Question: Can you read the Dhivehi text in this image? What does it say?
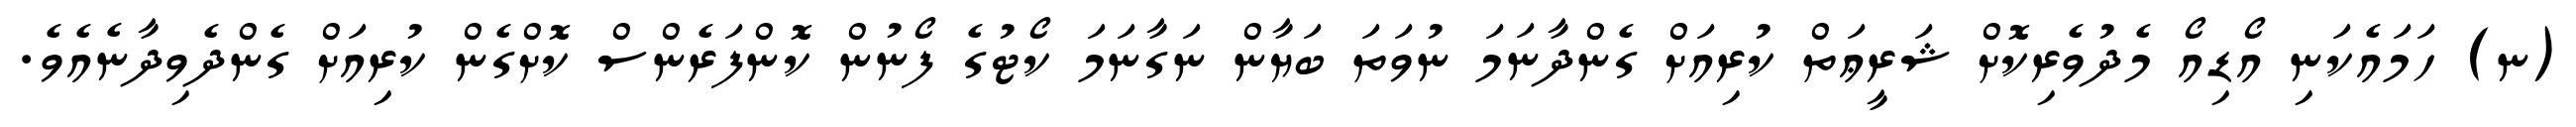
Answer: (ނ) ހަމައެކަނި އޯޑިއޯ މެދުވެރިކޮށް ޝަރީޢަތް ކުރިއަށް ގެންދާނަމަ ނުވަތަ ބަޔާން ނަގާނަމަ ކޯޓުގެ ފޯނުން ކޮންފަރެންސް ކޮށްގެން ކުރިއަށް ގެންދެވިދާނެއެވެ.